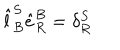
LaTeX: \hat { l } _ { B } ^ { S } \hat { e } _ { R } ^ { B } = \delta _ { R } ^ { S }